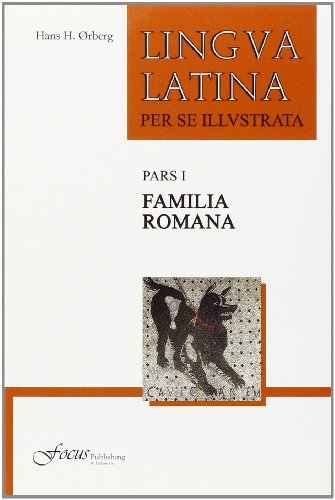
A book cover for Lingua Latina per se Illustrata, Pars I: Familia Romana; Hans H. ÃErberg; Reference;